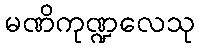
မဏိကုဏ္ဍလေသု